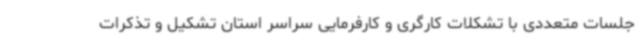
جلسات متعددی با تشکلات کارگری و کارفرمایی سراسر استان تشکیل و تذکرات